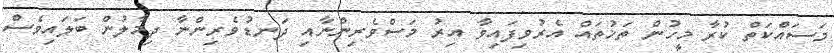
މަސައްކަތް ކުރާ މީހުން ތަޚުތައް އެރުވިފައިވާ އިރު މަސްވެރިންނާއި ދަނޑުވެރިންނާ ދިމާލުން ބަލައިވެސް